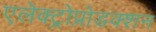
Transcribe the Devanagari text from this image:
एलेक्ट्रोप्रोडक्शन